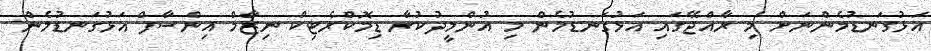
އަޅުގަނޑުމެންނަށް މި ރާއްޖޭގައި އަޅުގަނޑުމެން މި އުންމީދުކުރާ ޑިިމޮކްރެޓިކް ނިޒާމް އިންސާފް އަޅުގަނޑުމެން